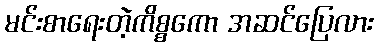
မင်းစာရေးတဲ့ကိစ္စကော အဆင်ပြေလား